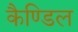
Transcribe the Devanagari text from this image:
कैण्डिल